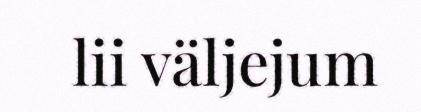
lii väljejum